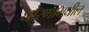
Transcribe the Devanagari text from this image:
धोरणामधील